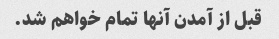
قبل از آمدن آنها تمام خواهم شد.